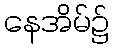
နေအိမ်၌